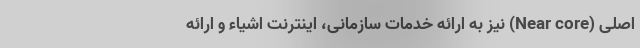
اصلی (Near core) نیز به ارائه خدمات سازمانی، اینترنت اشیاء و ارائه